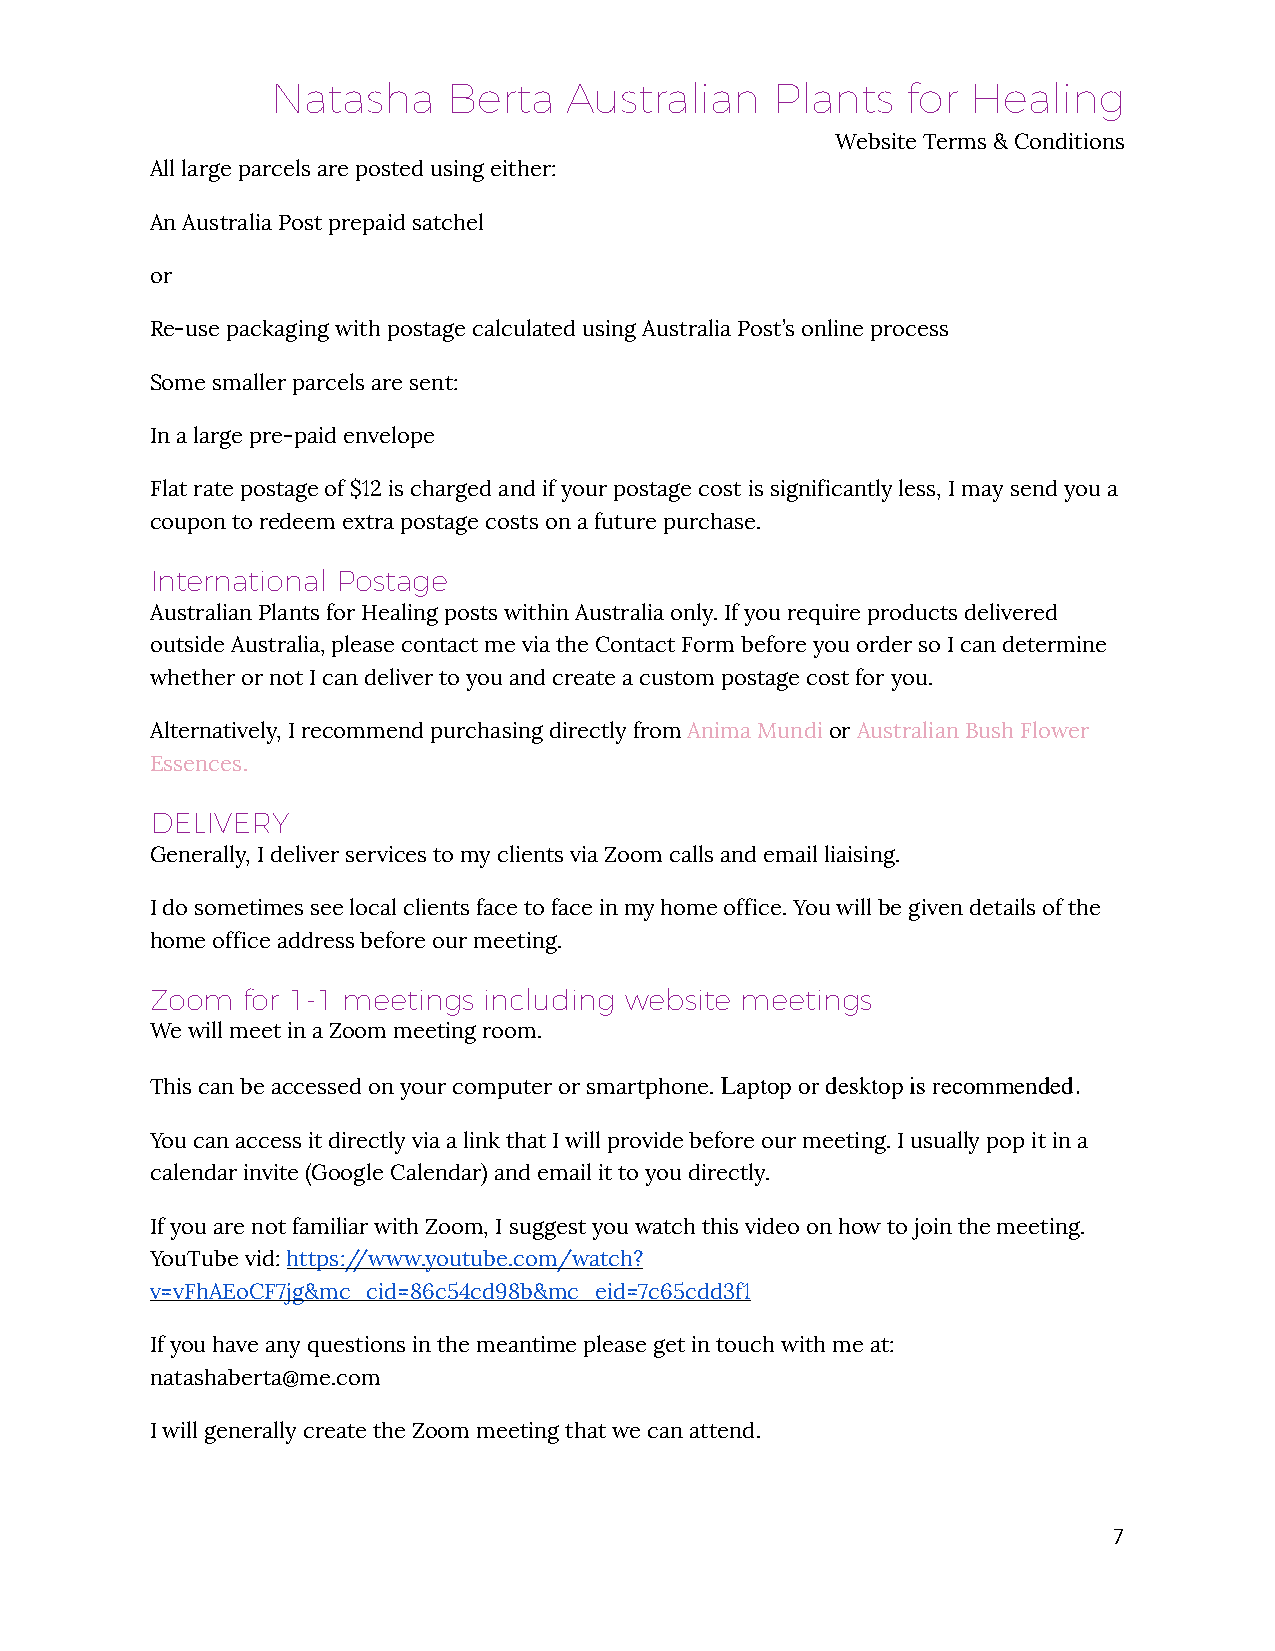
Natasha     Berta   Australian   Plants   for Healing
 Website Terms & Conditions
 All large parcels are posted using either:
 An Australia Post prepaid satchel
 or
 Re-use packaging with postage calculated using Australia Post’s online process
 Some smaller parcels are sent:
 In a large pre-paid envelope
 Flat rate postage of $12 is charged and if your postage cost is significantly less, I may send you a
 coupon to redeem extra postage costs on a future purchase.
 International Postage
 Australian Plants for Healing posts within Australia only. If you require products delivered
 outside Australia, please contact me via the Contact Form before you order so I can determine
 whether or not I can deliver to you and create a custom postage cost for you.
 Alternatively, I recommend purchasing directly from Anima Mundi or Australian Bush Flower
 Essences.
 DELIVERY
 Generally, I deliver services to my clients via Zoom calls and email liaising.
 I do sometimes see local clients face to face in my home office. You will be given details of the
 home office address before our meeting.
 Zoom  for 1-1 meetings including website meetings
 We will meet in a Zoom meeting room.
 This can be accessed on your computer or smartphone. Laptop or desktop is recommended.
 You can access it directly via a link that I will provide before our meeting. I usually pop it in a
 calendar invite (Google Calendar) and email it to you directly.
 If you are not familiar with Zoom, I suggest you watch this video on how to join the meeting.
 YouTube vid: https://www.youtube.com/watch?
 v=vFhAEoCF7jg&mc_cid=86c54cd98b&mc_eid=7c65cdd3f1
 If you have any questions in the meantime please get in touch with me at:
 natashaberta@me.com
 I will generally create the Zoom meeting that we can attend.
 7